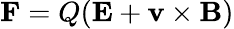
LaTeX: \mathbf{F}=Q(\mathbf{E}+\mathbf{v}\times\mathbf{B})